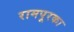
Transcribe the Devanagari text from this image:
रामपूरका